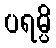
ပရမ္ပိ